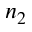
n _ { 2 }